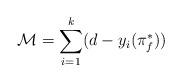
LaTeX: \begin{align*}\mathcal{M}=\sum_{i=1}^k (d-y_i(\pi_f^*)) \end{align*}